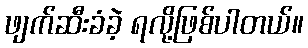
ဖျက်ဆီးခံခဲ့ ရလို့ဖြစ်ပါတယ်။